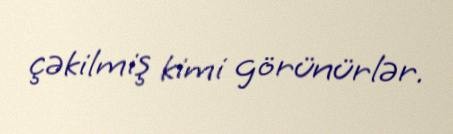
çəkilmiş kimi görünürlər.